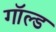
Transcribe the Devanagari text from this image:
गॉल्ड